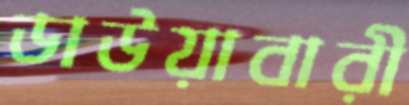
ডাউয়াবারী